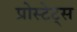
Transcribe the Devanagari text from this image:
प्रोस्टेट्स